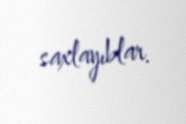
saxlayıblar.